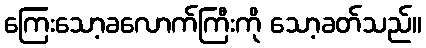
ကြေးသော့ခလောက်ကြီးကို သော့ခတ်သည်။